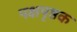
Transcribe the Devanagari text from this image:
पक्षपृष्ठक